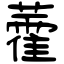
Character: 藿